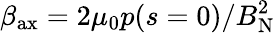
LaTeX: \beta_{\mathrm{ax}}=2\mu_{0}p(s=0)/B_{\mathrm{N}}^{2}